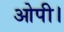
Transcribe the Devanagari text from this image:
ओपी।